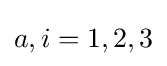
a,i=1,2,3